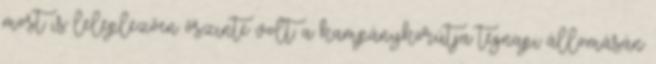
most is leleplezően őszinte volt: a kampánykörútja tegnapi állomásán